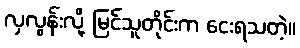
လှလွန်းလို့ မြင်သူတိုင်းက ငေးရသတဲ့။